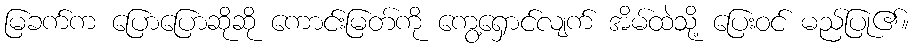
မြခက်က ပြောပြောဆိုဆို ကောင်းမြတ်ကို ကွေ့ရှောင်လျက် အိမ်ထဲသို့ ပြေးဝင် မည်ပြု၏။